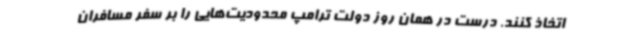
اتخاذ کنند. درست در همان روز دولت ترامپ محدودیت‌هایی را بر سفر مسافران